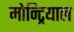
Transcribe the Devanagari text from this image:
मोन्ट्रियाल